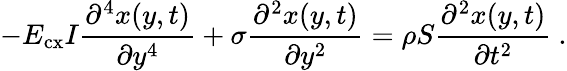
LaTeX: -E_{\mathrm{cx}}I\frac{\partial^{4}{x(y,t)}}{\partial{y^{4}}}+\sigma\frac{\partial^{2}{x(y,t)}}{\partial{y^{2}}}=\rho S\frac{\partial^{2}{x(y,t)}}{\partial{t^{2}}}~.